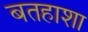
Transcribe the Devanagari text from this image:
बतहाशा